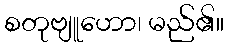
စတုဗျူဟော၊ မည်၏။